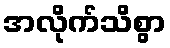
အလိုက်သိစွာ